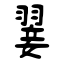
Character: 翣